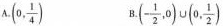
A.(0, \frac{1}{4}) B.(- \frac{1}{2},0)\cup (0, \frac{1}{2})